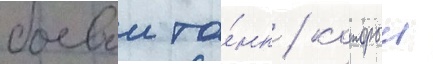
боевои та́нк / которыи